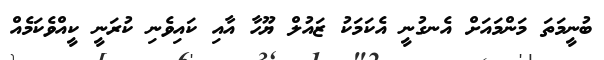
ބުނީމަތަ މަންމައަށް އެނގުނީ އެކަމަކު ޒައުލް ޔޫހާ އާއި ކައިވެނި ކުރަނީ ކީއްވެކަމެއް